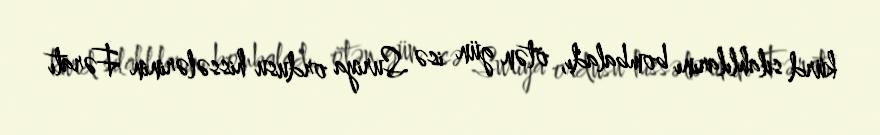
kürd silahlılarını bombaladı, ötən gün isə Suriya ordusu hissələrinin Fəratı